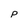
Character: P